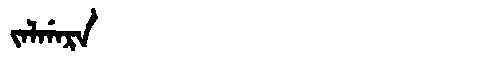
Manchu: ᠵᠠᠯᡤᠠᡵᠠ
Romanization: JALGARA